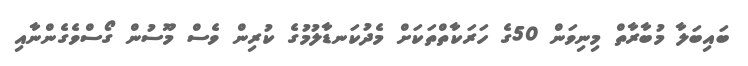
ބައިބަލާ މުބާރާތް މިނިވަން 50ގެ ހަރަކާތްތަކަށް މެދުކަނޑާލުމުގެ ކުރިން ވެސް މޫސުން ގޯސްވެގެންނާއި